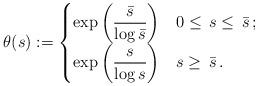
LaTeX: \begin{align*}\theta(s):=\begin{cases}\exp\displaystyle{\left(\frac{\bar s}{\log \bar s}\right)}&0\le\,s\le\,\bar s\,;\\\exp\displaystyle{\left( \frac{s }{ \log s } \right)}&s\ge\,\bar s\,.\end{cases}\end{align*}